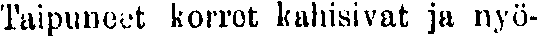
Taipuneet korrot kahisivat ja nyö-